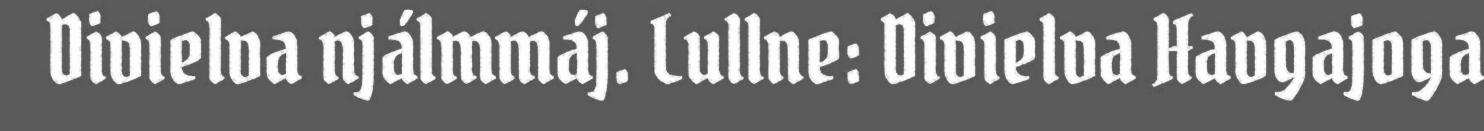
Divielva njálmmáj. Lullne: Divielva Havgajoga